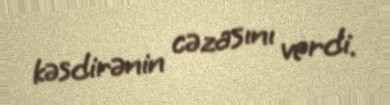
kəsdirənin cəzasını verdi.